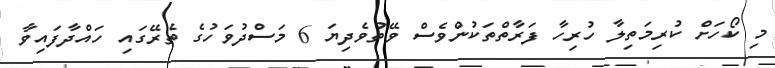
މި ކޯހަށް ކުރިމަތިލާ ހުރިހާ ފަރާތްތަކުންވެސް ވޭތުވެދިޔަ 6 މަސްދުވަހުގެ ތެރޭގައި ހައްދާފައިވާ